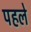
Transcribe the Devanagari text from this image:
पहले